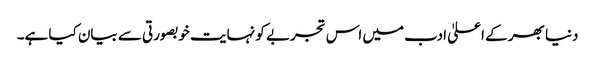
دنیا بھر کے اعلیٰ ادب میں اس تجربے کو نہایت خوبصورتی سے بیان کیا ہے۔